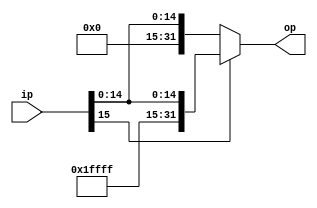
module signE(ip,op);
input [15:0] ip;
output [31:0] op;

assign op = (ip[15]==0)? {16'b 0000_0000_0000_0000,ip }:{16'b 1111_1111_1111_1111 , ip};
endmodule